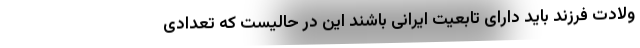
ولادت فرزند باید دارای تابعیت ایرانی باشند این در حالیست که تعدادی